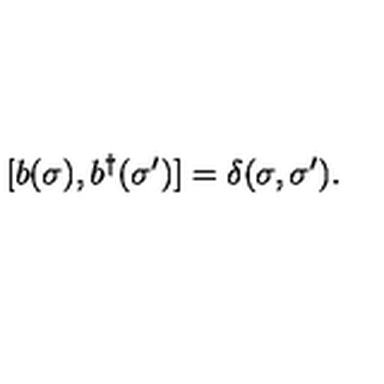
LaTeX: [ b ( \sigma ) , b ^ { \dag } ( \sigma ^ { \prime } ) ] = \delta ( \sigma , \sigma ^ { \prime } ) .